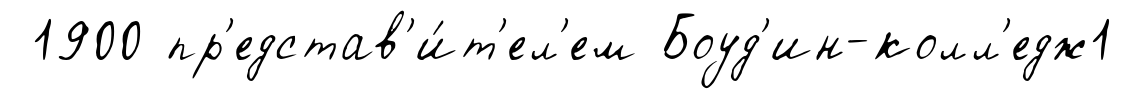
1900 пр'едстав'и́т'ел'ем Боуд'ин-колл'едж1